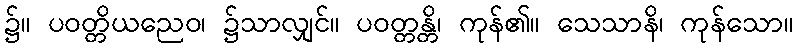
၌။ ပဝတ္တိယညေဝ၊ ၌သာလျှင်။ ပဝတ္တန္တိ၊ ကုန်၏။ သေသာနိ၊ ကုန်သော။